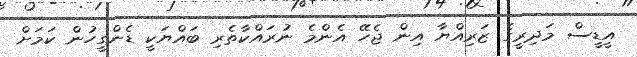
އީޑީސް މަދިރީގެ ޒަރިއްޔާ އިން ޖެހޭ އެންމެ ނުރައްކާތެރި ބައްޔަކީ ޑެންގީހުން ކަމަށް